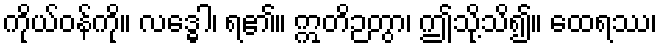
ကိုယ်ဝန်ကို။ လဒ္ဓေါ၊ ရ၏။ ဣတိဉတွာ၊ ဤသို့သိ၍။ ထေရဿ၊